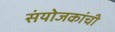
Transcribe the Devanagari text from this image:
संयोजकांची